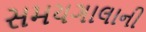
સમયગાલાની